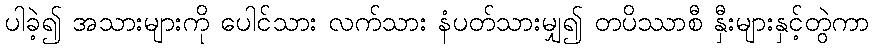
ပါခဲ့၍ အသားများကို ပေါင်သား လက်သား နံပတ်သားမျှ၍ တပိဿာစီ နှီးများနှင့်တွဲကာ